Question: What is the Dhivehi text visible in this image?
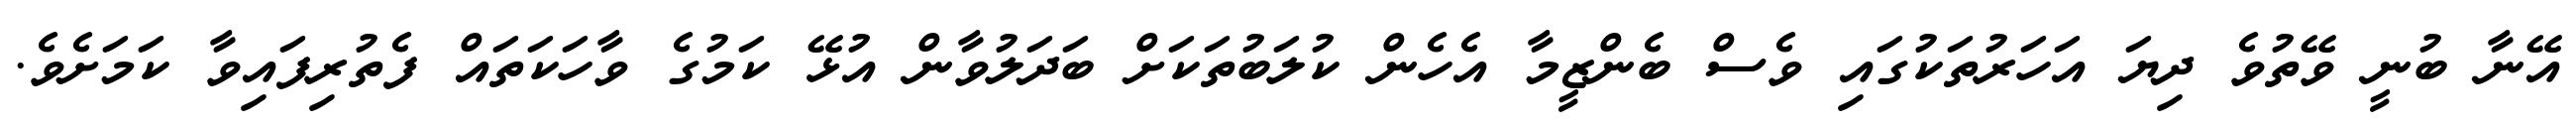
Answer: އޭނާ ބުނީ ވޭތުވެ ދިޔަ އަހަރުތަކުގައި ވެސް ބެންޒީމާ އެހެން ކުލަބުތަކަށް ބަދަލުވާން އުޅޭ ކަމުގެ ވާހަކަތައް ފެތުރިފައިވާ ކަމަށެވެ.